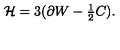
{ \cal H } = 3 ( \partial W - { \textstyle \frac { 1 } { 2 } } C ) .